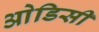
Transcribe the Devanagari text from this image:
आेडिसी